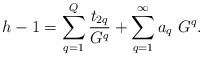
\begin{align*}h-1 = \sum_{q=1}^Q{t_{2 q}\over G^q} +\sum_{q=1}^{\infty}a_q~G^q.\end{align*}